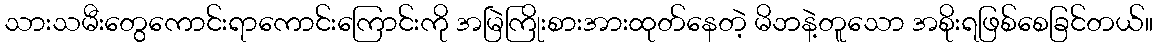
သားသမီးတွေကောင်းရာကောင်းကြောင်းကို အမြဲကြိုးစားအားထုတ်နေတဲ့ မိဘနဲ့တူသော အစိုးရဖြစ်စေခြင်တယ်။